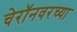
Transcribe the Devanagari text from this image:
चेरॉनवरच्या